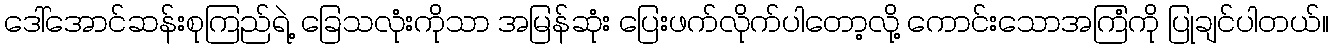
ဒေါ်အောင်ဆန်းစုကြည်ရဲ့ ခြေသလုံးကိုသာ အမြန်ဆုံး ပြေးဖက်လိုက်ပါတော့လို့ ကောင်းသောအကြံကို ပြုချင်ပါတယ်။